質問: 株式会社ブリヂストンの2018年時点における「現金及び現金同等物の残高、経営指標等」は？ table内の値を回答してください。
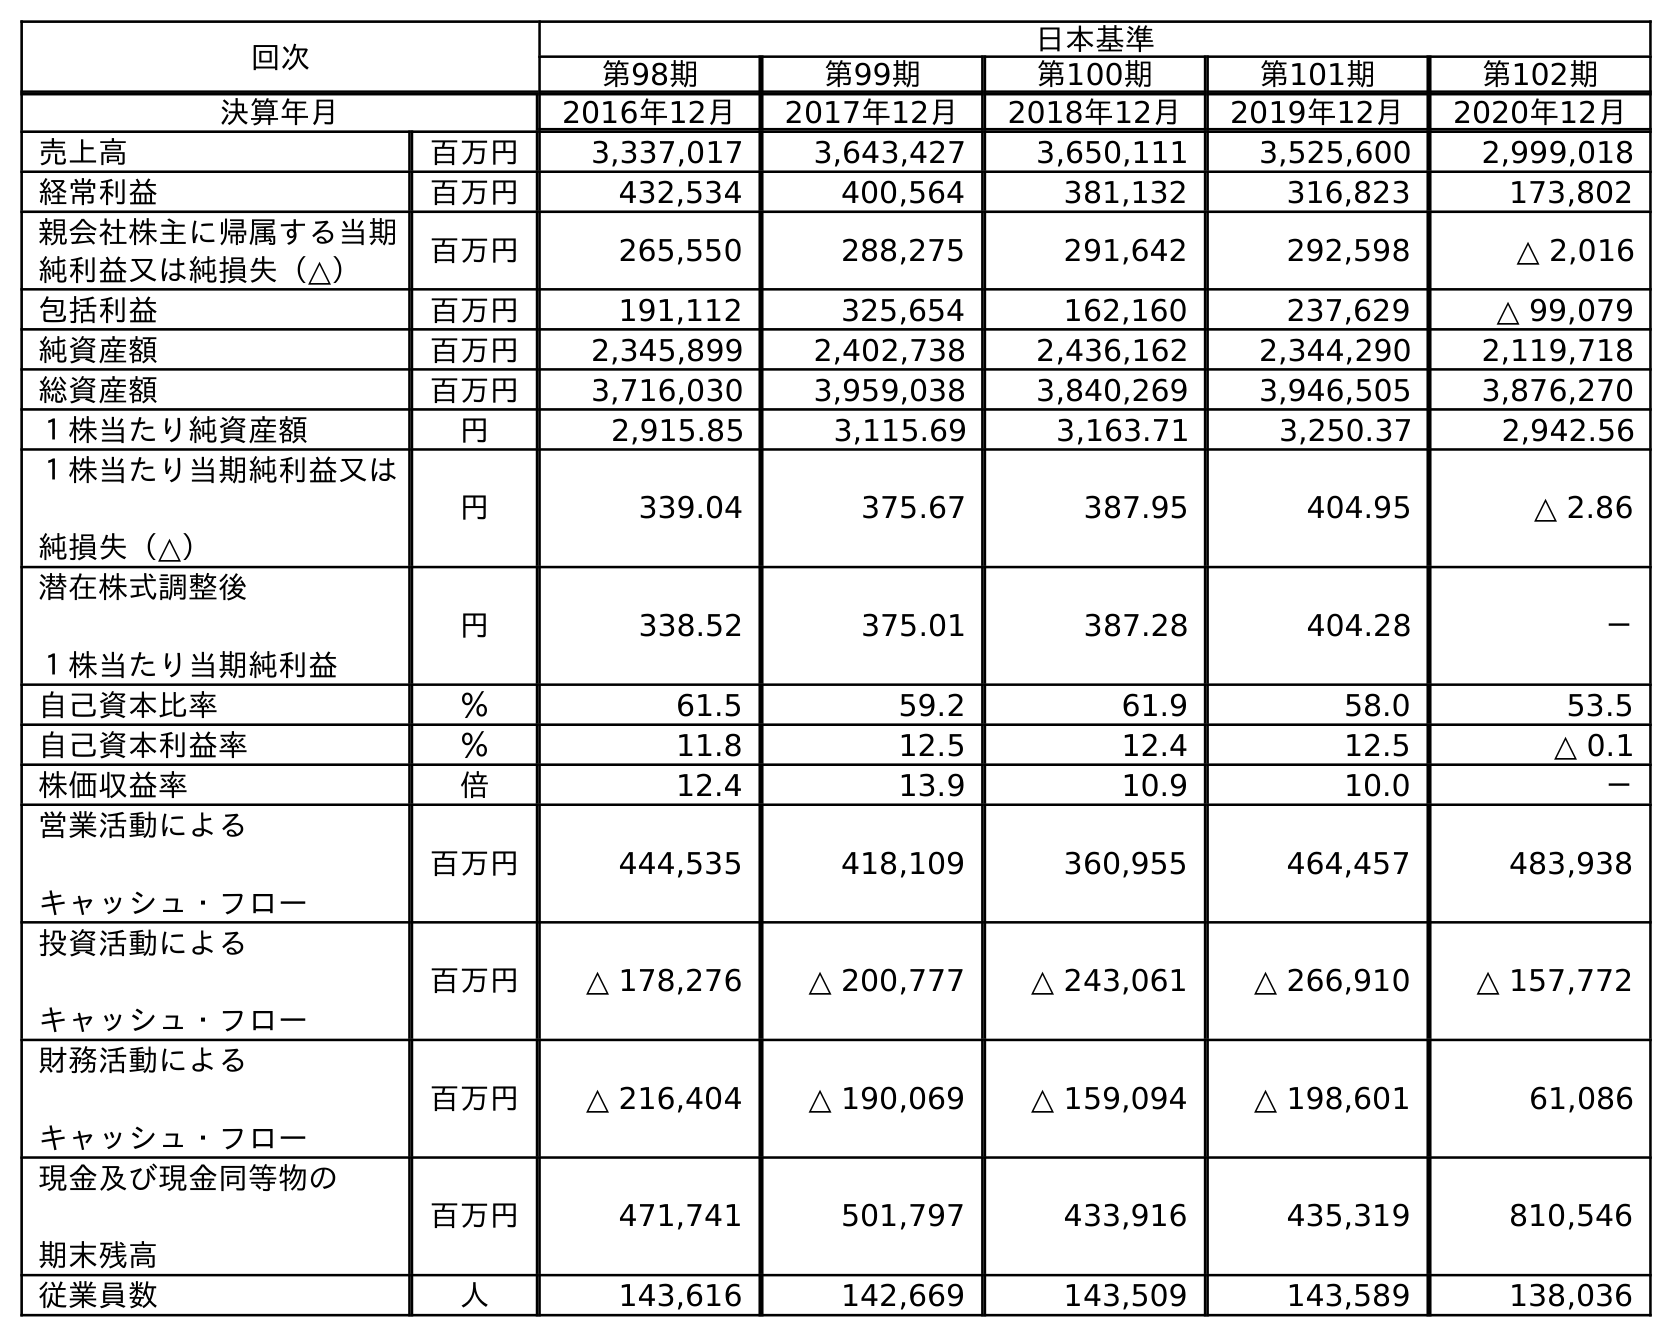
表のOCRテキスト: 回次 日本基準 第98期 第99期 第100期 第101期 第102期 決算年月 2016年12月 2017年12月 2018年12月 2019年12月 2020年12月 売上高 百万円 3,337,017 3,643,427 3,650,111 3,525,600 2,999,018 経常利益 百万円 432,534 400,564 381,132 316,823 173,802 親会社株主に帰属する当期 純利益又は純損失（△） 百万円 265,550 288,275 291,642 292,598 △ 2,016 包括利益 百万円 191,112 325,654 162,160 237,629 △ 99,079 純資産額 百万円 2,345,899 2,402,738 2,436,162 2,344,290 2,119,718 総資産額 百万円 3,716,030 3,959,038 3,840,269 3,946,505 3,876,270 １株当たり純資産額 円 2,915.85 3,115.69 3,163.71 3,250.37 2,942.56 １株当たり当期純利益又は 純損失（△） 円 339.04 375.67 387.95 404.95 △ 2.86 潜在株式調整後 １株当たり当期純利益 円 338.52 375.01 387.28 404.28 － 自己資本比率 ％ 61.5 59.2 61.9 58.0 53.5 自己資本利益率 ％ 11.8 12.5 12.4 12.5 △ 0.1 株価収益率 倍 12.4 13.9 10.9 10.0 － 営業活動による キャッシュ・フロー 百万円 444,535 418,109 360,955 464,457 483,938 投資活動による キャッシュ・フロー 百万円 △ 178,276 △ 200,777 △ 243,061 △ 266,910 △ 157,772 財務活動による キャッシュ・フロー 百万円 △ 216,404 △ 190,069 △ 159,094 △ 198,601 61,086 現金及び現金同等物の 期末残高 百万円 471,741 501,797 433,916 435,319 810,546 従業員数 人 143,616 142,669 143,509 143,589 138,036
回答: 433,916